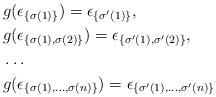
LaTeX: \begin{align*}& g(\epsilon_{\{\sigma(1)\}}) = \epsilon_{\{\sigma'(1)\}},\\& g(\epsilon_{\{\sigma(1),\sigma(2)\}}) = \epsilon_{\{\sigma'(1),\sigma'(2)\}},\\&\dots \\& g(\epsilon_{\{\sigma(1),\dots,\sigma(n)\}}) = \epsilon_{\{\sigma'(1),\dots,\sigma'(n)\}}\end{align*}